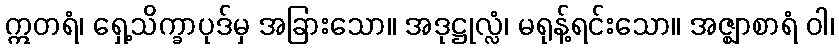
ဣတရံ၊ ရှေ့သိက္ခာပုဒ်မှ အခြားသော။ အဒုဋ္ဌုလ္လံ၊ မရုန့်ရင်းသော။ အဇ္ဈာစာရံ ဝါ၊